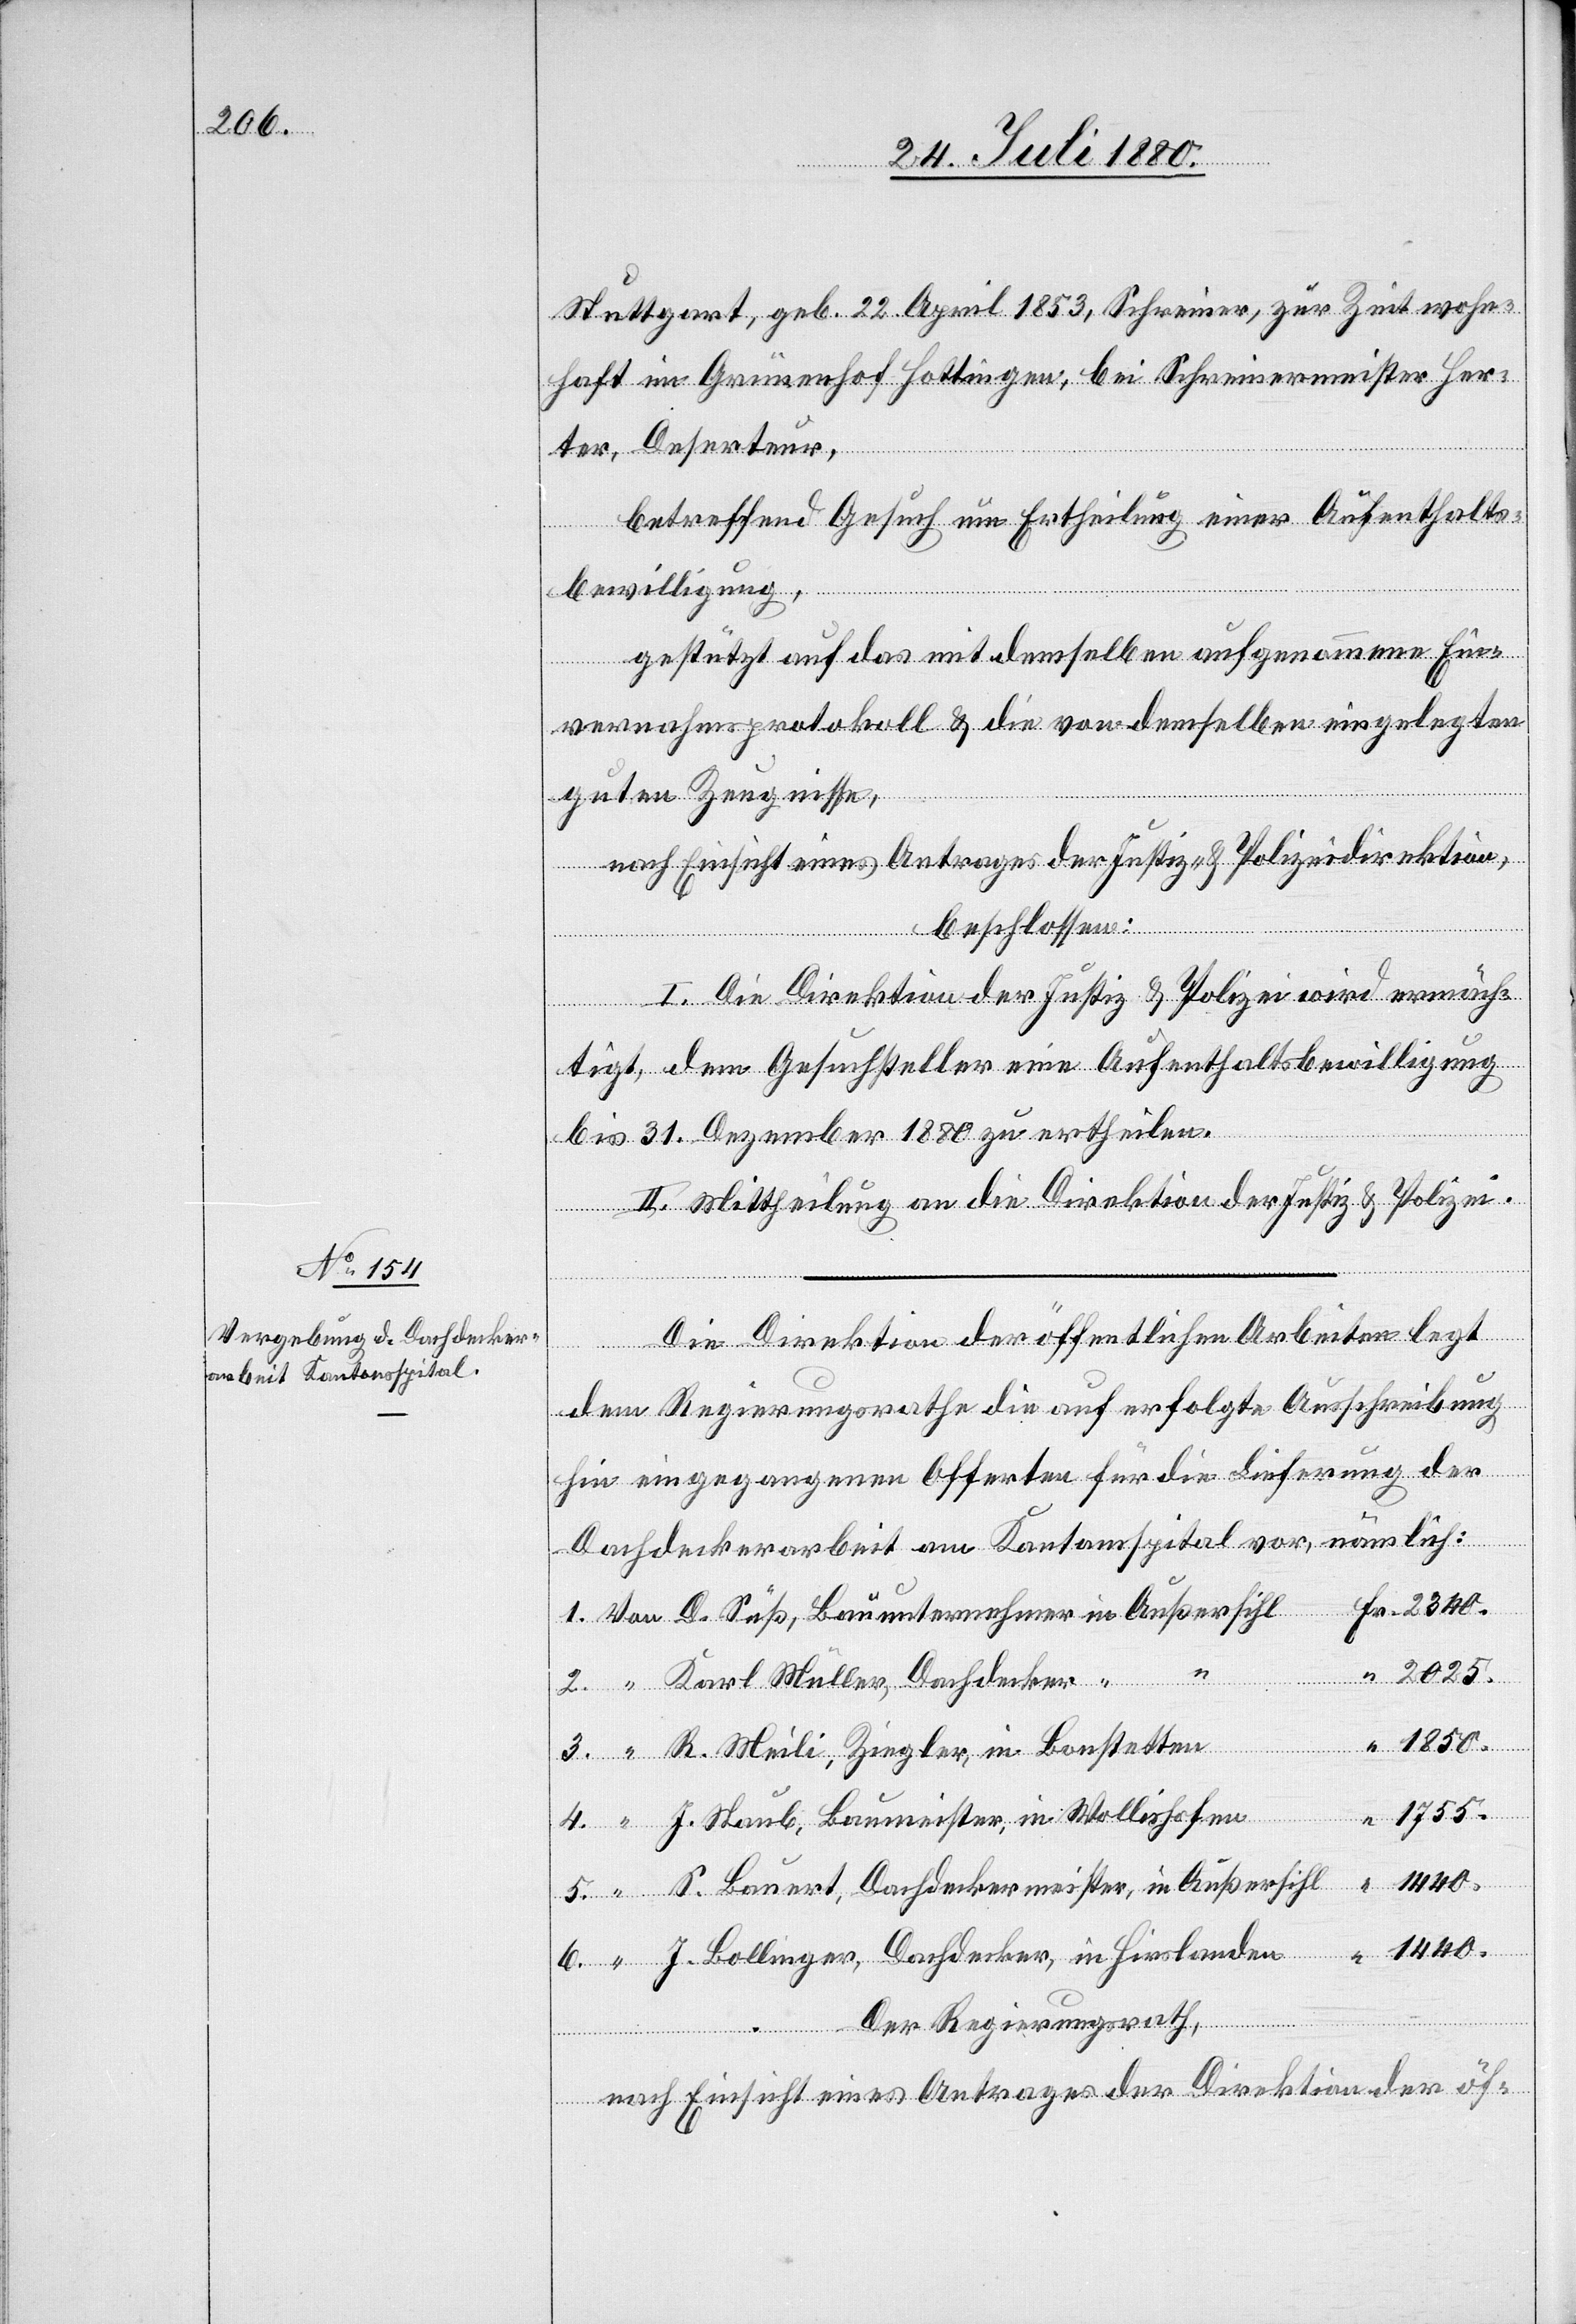
2025.

Stuttgart, geb. 22. April 1853, Schweizer, zur Zeit wohn¬
haft im Grünenhof Hottingen, bei Schreinermeister Her¬
ter, Deserteur,
betreffend Gesuch um Ertheilung einer Aufenthalts¬
bewilligung,
gestützt auf das mit demselben aufgenommenen Ein¬
vernahmsprotokoll & die von demselben eingelegten
5.
guten Zeugnisse,
nach Einsicht eines Antrages der Justiz- & Polizeidirektion,
Fr.
beschlossen:
I. Die Direktion der Justiz & Polizei wird ermäch¬
tigt, dem Gesuchsteller eine Aufenthaltsbewilligung
bis 31. Dezember 1880 zu ertheilen.
II. Mittheilung an die Direktion der Justiz & Polizei.
Die Direktion der öffentlichen Arbeiten legt
dem Regierungsrathe die auf erfolgte Ausschreibung
hin eingegangenen Offerten für die Lieferung der
Dachdeckerarbeit am Kantonspital vor, nämlich:
D. Süß, Bauunternehmer in Außersihl
2.
Karl Müller, Dachdecker
1850.
4.
R. Meili, Ziegler, in Bonstettten
1755.
J. Staub, Baumeister, in Wollishofen
S. Bauert, Dachdeckermeister, in Außersihl
1440.
J. Bollinger, Dachdecker, in Hirslanden
Der Regierungsrath,
nach Einsicht eines Antrages der Direktion der öf-